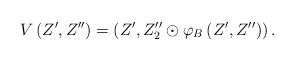
LaTeX: \begin{align*}V\left(Z',Z''\right)=\left(Z',Z_{2}''\odot\varphi_{B}\left(Z',Z''\right)\right).\end{align*}